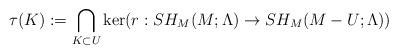
LaTeX: \begin{align*}\tau(K):= \bigcap_{K\subset U} \ker(r: SH_{M}(M; \Lambda)\rightarrow SH_{M}(M-U; \Lambda))\end{align*}